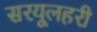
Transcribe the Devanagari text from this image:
सरयूलहरी